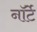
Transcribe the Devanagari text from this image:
नॉर्टे